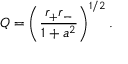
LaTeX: Q = \left( { \frac { r _ { + } r _ { - } } { 1 + a ^ { 2 } } } \right) ^ { 1 / 2 } .